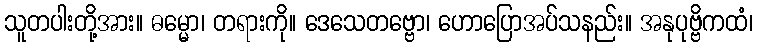
သူတပါးတို့အား။ ဓမ္မော၊ တရားကို။ ဒေသေတဗ္ဗော၊ ဟောပြောအပ်သနည်း။ အနုပုဗ္ဗိကထံ၊